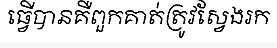
ធ្វើបានគឺពួកគាត់ត្រូវស្វែងរក